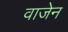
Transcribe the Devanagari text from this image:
वाजेन